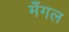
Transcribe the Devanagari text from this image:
मँगल